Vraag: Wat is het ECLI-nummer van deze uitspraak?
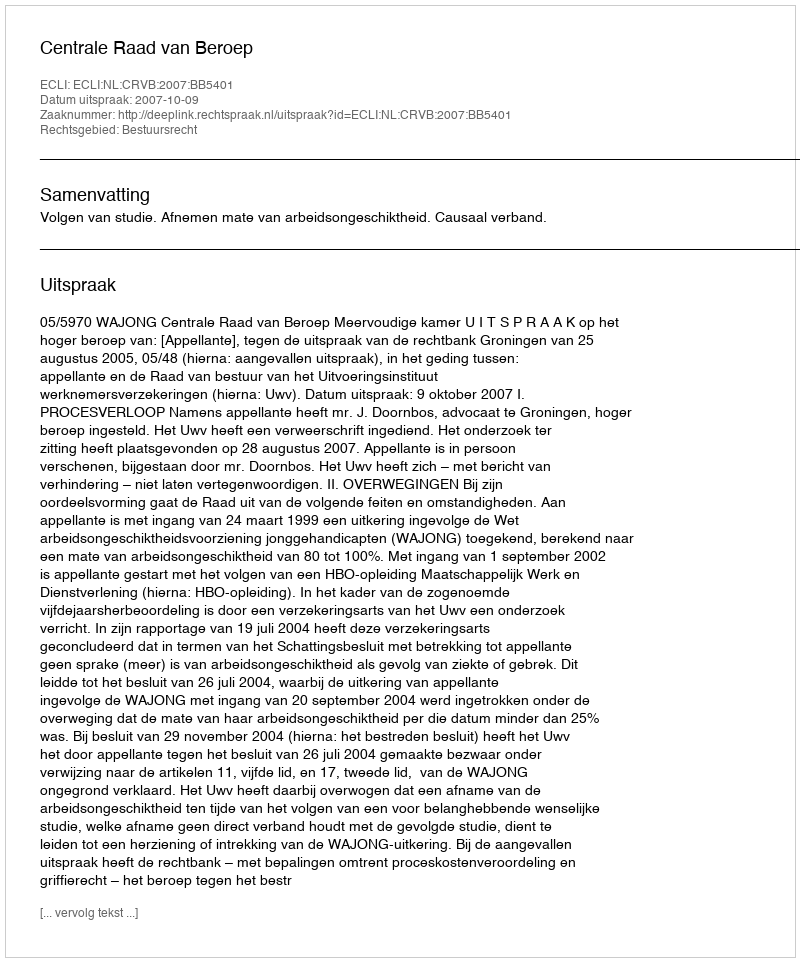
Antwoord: ECLI:NL:CRVB:2007:BB5401